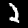
Digit: 2